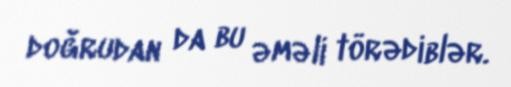
doğrudan da bu əməli törədiblər.